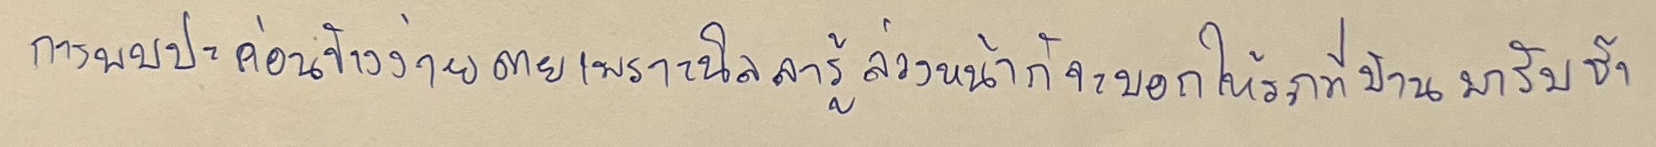
การพบปะค่อนข้างง่ายดายเพราะนิลลารู้ล่วงหน้าก็จะบอกให้รถที่บ้านมารับช้า